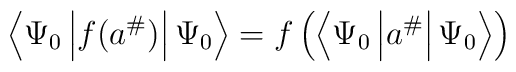
\left\langle \Psi _{0}\left| f(a^{\#})\right| \Psi _{0}\right\rangle=f\left( \left\langle \Psi _{0}\left| a^{\#}\right| \Psi _{0}\right\rangle\right)